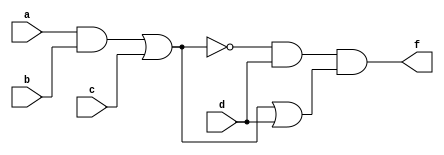
module Question1b(a,b,c,d,f);
    input a,b,c,d;
    output f;

    assign f = ((~((a&b)|c))&d) & (((a&b)|c)|d);
endmodule